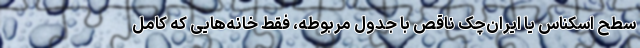
سطح اسکناس یا ایران‌چک ناقص با جدول مربوطه، فقط خانه‌هایی که کامل